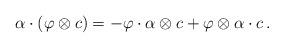
LaTeX: \begin{align*} \alpha \cdot (\varphi \otimes c) = - \varphi \cdot \alpha \otimes c + \varphi \otimes \alpha \cdot c\,. \end{align*}